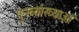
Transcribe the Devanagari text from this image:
पुनर्व्याख्याओं